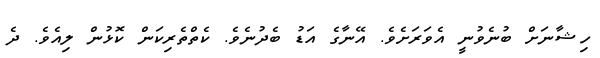
ހިޝާނަށް ބުނެވުނީ އެވަރަށެވެ. އޭނާގެ އަޑު ބެދުނެވެ. ކެތްތެރިކަން ކޮޅުން ލިއެވެ. ދެ